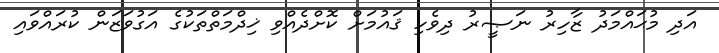
އަދި މުޙައްމަދު ޒާހިރު ނަޞީރު ދިވެހި ޤައުމަށް ކޮށްދެއްވި ޚިދްމަތްތަކުގެ އަގުވަޒަން ކުރައްވައި